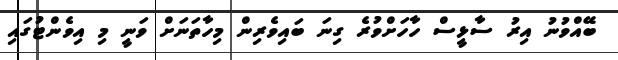
ބޭއްވުނު އިރު ސާޅީސް ހާހަށްވުރެ ގިނަ ބައިވެރިން މިހާތަނަށް ވަނީ މި އިވެންޓުގައި